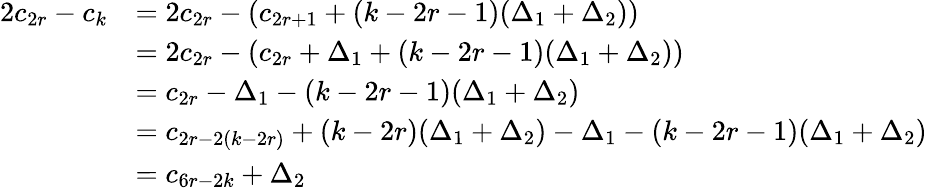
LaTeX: \begin{array}{rl}{2c_{2r}-c_{k}}&{=2c_{2r}-(c_{2r+1}+(k-2r-1)(\Delta_{1}+\Delta_{2}))}\\ &{=2c_{2r}-(c_{2r}+\Delta_{1}+(k-2r-1)(\Delta_{1}+\Delta_{2}))}\\ &{=c_{2r}-\Delta_{1}-(k-2r-1)(\Delta_{1}+\Delta_{2})}\\ &{=c_{2r-2(k-2r)}+(k-2r)(\Delta_{1}+\Delta_{2})-\Delta_{1}-(k-2r-1)(\Delta_{1}+\Delta_{2})}\\ &{=c_{6r-2k}+\Delta_{2}}\end{array}